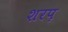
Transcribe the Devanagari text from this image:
शरप़